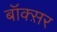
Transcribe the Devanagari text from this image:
बॉक्स़र